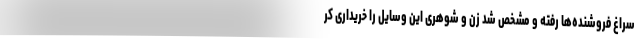
سراغ فروشنده‌ها رفته و مشخص شد زن و شوهری این وسایل را خریداری کر